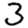
Digit: 3